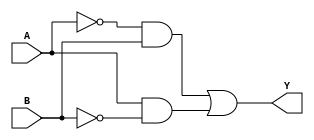
module xor_gate (
    input A,
    input B,
    output Y
);

wire A_not, B_not;
assign A_not = ~A;
assign B_not = ~B;

assign Y = (A_not & B) | (A & B_not);

endmodule